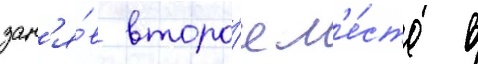
зан'я́в второ́е м'е́сто в